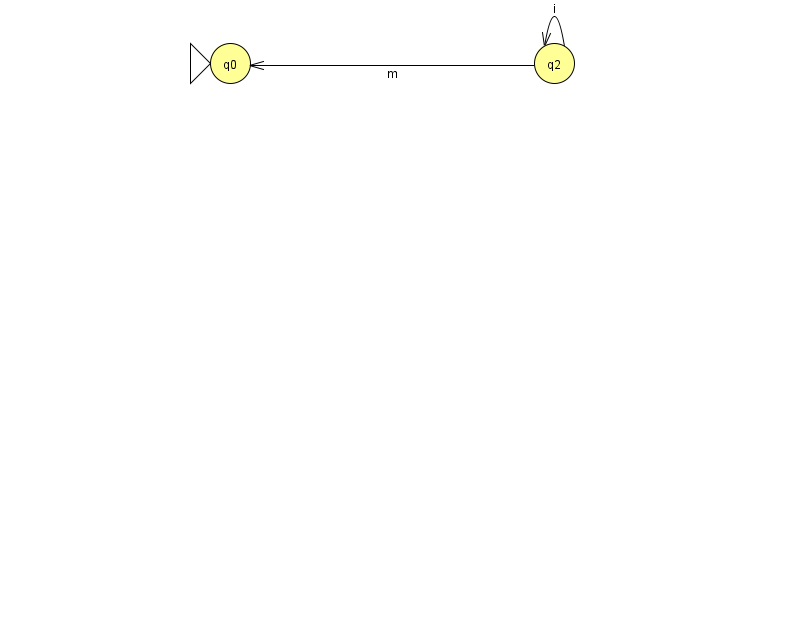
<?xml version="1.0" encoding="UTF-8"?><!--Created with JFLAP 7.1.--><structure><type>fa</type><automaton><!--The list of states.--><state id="0" name="q0"><x>230.0</x><y>50.0</y><initial/></state><state id="2" name="q2"><x>554.0</x><y>50.0</y></state><!--The list of transitions.--><transition><from>2</from><to>2</to><read>i</read></transition><transition><from>2</from><to>0</to><read>m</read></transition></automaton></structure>